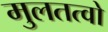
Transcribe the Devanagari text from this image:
मुलतत्वो